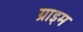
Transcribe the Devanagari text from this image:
ग्राइम